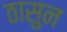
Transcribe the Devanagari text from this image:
ठासुन